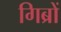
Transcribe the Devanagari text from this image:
गिब्रों